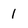
Character: 1